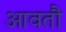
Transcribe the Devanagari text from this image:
आवतौ